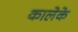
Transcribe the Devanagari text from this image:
कालेके